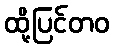
ထို့ပြင်တဝ